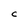
Character: C